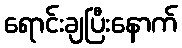
ရောင်းချပြီးနောက်